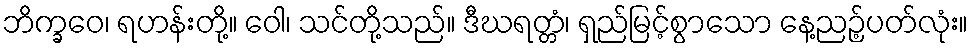
ဘိက္ခဝေ၊ ရဟန်းတို့။ ဝေါ၊ သင်တို့သည်။ ဒီဃရတ္တံ၊ ရှည်မြင့်စွာသော နေ့ညဉ့်ပတ်လုံး။